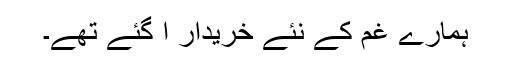
ہمارے غم کے نئے خریدار آ گئے تھے۔